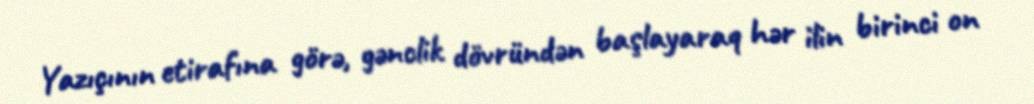
Yazıçının etirafına görə, gənclik dövründən başlayaraq hər ilin birinci on